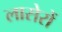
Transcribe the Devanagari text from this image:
लासेरों